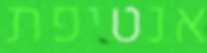
אנטיפת